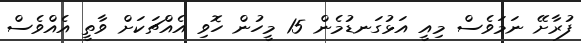
ފުރާށޭ ނަމަވެސް މިއީ އަޅުގަނޑުމެން 15 މީހުން ހޮވި އެއްޗަކަށް ވާތީ އެއްވެސް